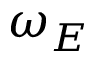
\omega _ { E }